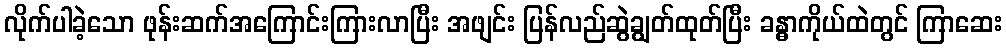
လိုက်ပါခဲ့သော ဖုန်းဆက်အကြောင်းကြားလာပြီး အဖျင်း ပြန်လည်ဆွဲချွတ်ထုတ်ပြီး ခန္ဓာကိုယ်ထဲတွင် ကြာဆေး